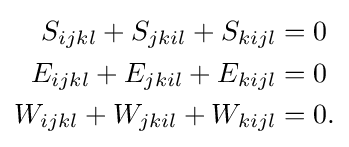
{\begin{aligned}S_{ijkl}+S_{jkil}+S_{kijl}&=0\\E_{ijkl}+E_{jkil}+E_{kijl}&=0\\W_{ijkl}+W_{jkil}+W_{kijl}&=0.\end{aligned}}